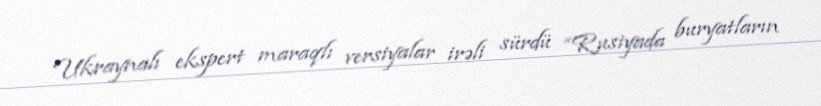
Ukraynalı ekspert maraqlı versiyalar irəli sürdü “Rusiyada buryatların